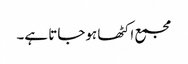
مجمع اکٹھا ہوجاتا ہے۔